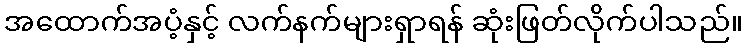
အထောက်အပံ့နှင့် လက်နက်များရှာရန် ဆုံးဖြတ်လိုက်ပါသည်။